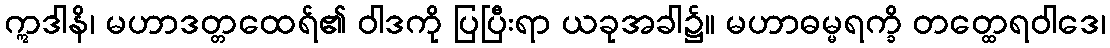
ဣဒါနိ၊ မဟာဒတ္တထေရ်၏ ဝါဒကို ပြပြီးရာ ယခုအခါ၌။ မဟာဓမ္မရက္ခိ တတ္ထေရဝါဒေ၊